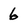
Character: 6